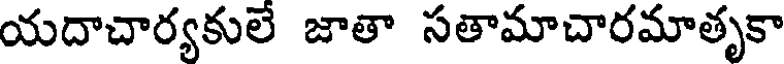
యదాచార్యకులే జాతా సతామాచారమాతృకా